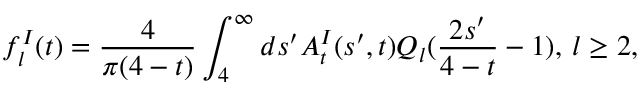
f _ { l } ^ { I } ( t ) = { \frac { 4 } { \pi ( 4 - t ) } } \int _ { 4 } ^ { \infty } d s ^ { \prime } A _ { t } ^ { I } ( s ^ { \prime } , t ) Q _ { l } ( { \frac { 2 s ^ { \prime } } { 4 - t } } - 1 ) , \, l \geq 2 ,